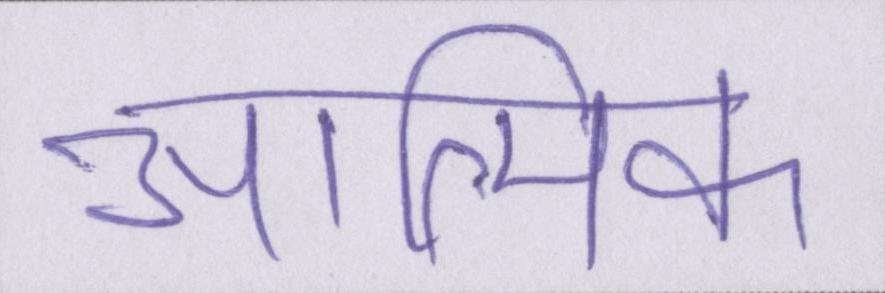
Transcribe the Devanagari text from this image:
आत्मिक